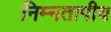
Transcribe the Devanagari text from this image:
निम्नतापीय